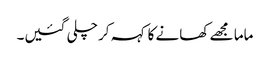
ماما مجھے کھانے کا کہہ کر چلی گئیں۔